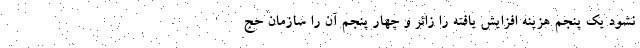
نشود یک پنجم هزینه افزایش یافته را زائر و چهار پنجم آن را سازمان حج